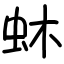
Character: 蚞